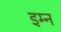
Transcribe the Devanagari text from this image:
इम्न